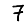
Digit: 7